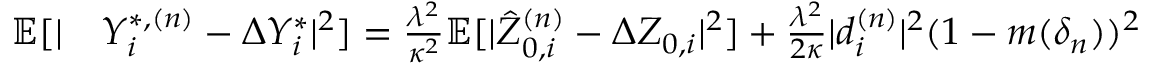
\begin{array} { r l } { \mathbb { E } [ \vert } & { Y _ { i } ^ { \ast , ( n ) } - \Delta Y _ { i } ^ { \ast } \vert ^ { 2 } ] = \frac { \lambda ^ { 2 } } { \kappa ^ { 2 } } \mathbb { E } [ \vert \hat { Z } _ { 0 , i } ^ { ( n ) } - \Delta Z _ { 0 , i } \vert ^ { 2 } ] + \frac { \lambda ^ { 2 } } { 2 \kappa } \vert d _ { i } ^ { ( n ) } \vert ^ { 2 } ( 1 - m ( \delta _ { n } ) ) ^ { 2 } } \end{array}